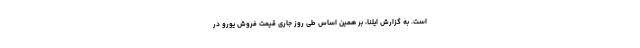
است. به گزارش ایلنا، بر همین‌ اساس طی روز جاری قیمت فروش یورو در